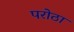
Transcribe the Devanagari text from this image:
परोठा